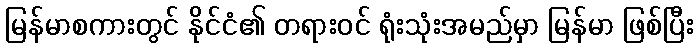
မြန်မာစကားတွင် နိုင်ငံ၏ တရားဝင် ရုံးသုံးအမည်မှာ မြန်မာ ဖြစ်ပြီး